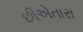
છીએતારા